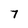
Character: 7